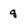
Character: q